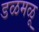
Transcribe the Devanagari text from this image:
डळमळू